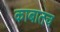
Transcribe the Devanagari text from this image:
काबातच